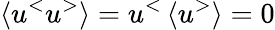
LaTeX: \left\langle u^{<}u^{>}\right\rangle=u^{<}\left\langle u^{>}\right\rangle=0